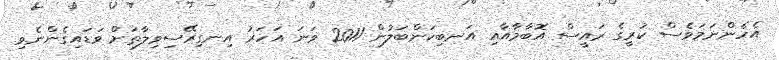
އެހެންނަމަވެސް ކުރީގެ ރައީސް އޮބާމާއާއި އަނބިކަންބަލުން 2011 ވަނަ އަހަރު އިނގިރޭސިވިލާތަށް ވަޑައިގެންނެވި